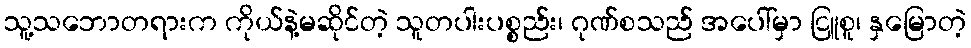
သူ့သဘောတရားက ကိုယ်နဲ့မဆိုင်တဲ့ သူတပါးပစ္စည်း၊ ဂုဏ်စသည် အပေါ်မှာ ငြူစူ၊ နှမြောတဲ့